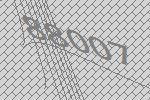
88007